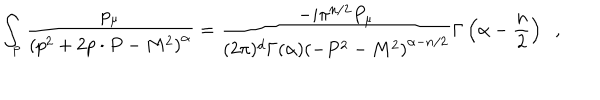
\int _ { { \bf p } } \frac { p _ { \mu } } { \left( p ^ { 2 } + 2 p \cdot P - M ^ { 2 } \right) ^ { \alpha } } = \frac { - i \pi ^ { n / 2 } P _ { \mu } } { ( 2 \pi ) ^ { d } \Gamma ( \alpha ) \left( - P ^ { 2 } - M ^ { 2 } \right) ^ { \alpha - n / 2 } } \Gamma \left( \alpha - \frac { n } { 2 } \right) \; \; ,